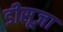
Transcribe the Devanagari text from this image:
डीसूज़ा